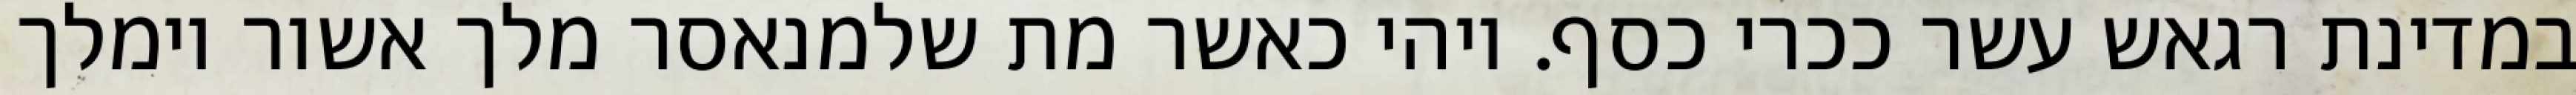
במדינת רגאש עשר ככרי כסף. ויהי כאשר מת שלמנאסר מלך אשור וימלך